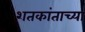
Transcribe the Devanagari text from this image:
शतकांताच्या